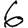
Digit: 6